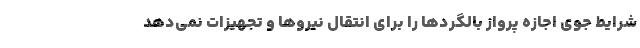
شرایط جوی اجازه پرواز بالگردها را برای انتقال نیروها و تجهیزات نمی‌دهد